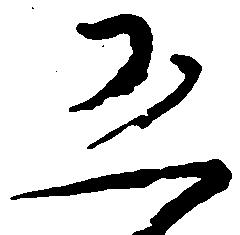
恐